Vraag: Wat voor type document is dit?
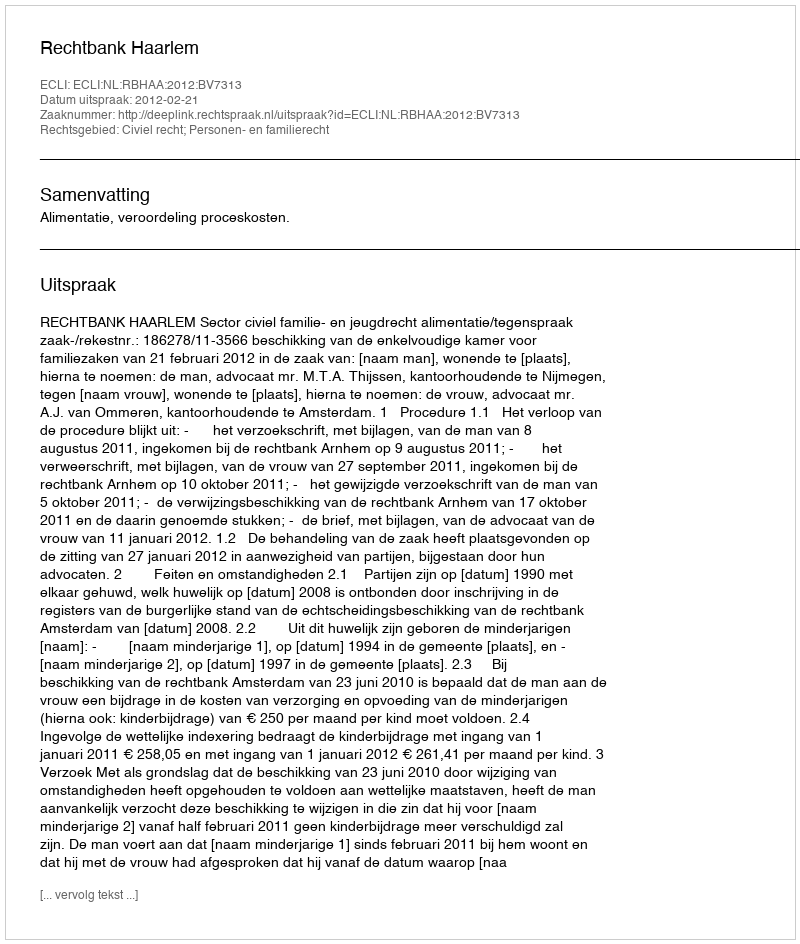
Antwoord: Uitspraak